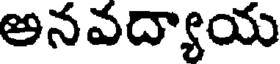
అనవద్యాయ